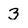
Character: 3